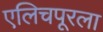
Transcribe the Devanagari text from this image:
एलिचपूरला